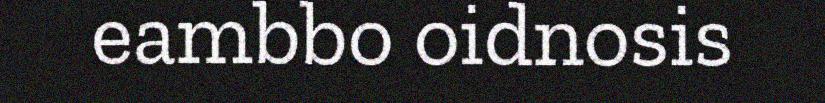
eambbo oidnosis